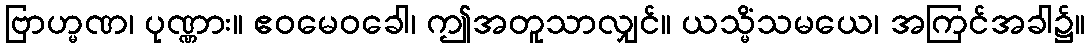
ဗြာဟ္မဏ၊ ပုဏ္ဏား။ ဧဝမေဝခေါ၊ ဤအတူသာလျှင်။ ယသ္မိံသမယေ၊ အကြင်အခါ၌။